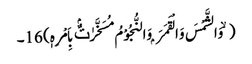
( ۙ وَالشَّمْسَ وَالْقَمَرَ ۭ وَالنُّجُوْمُ مُسَخَّرٰتٌۢ بِاَمْرِہٖ) 16۔